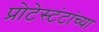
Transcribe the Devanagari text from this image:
प्रोटेस्टंटांच्या